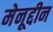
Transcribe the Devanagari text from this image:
मेनूद्दीन